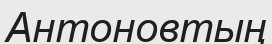
Антоновтың